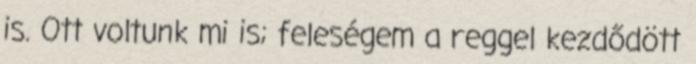
is. Ott voltunk mi is; feleségem a reggel kezdődött